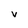
Character: v